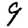
Digit: 9